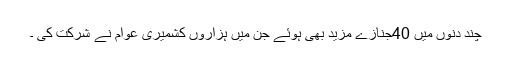
چند دنوں میں 40جنازے مزید بھی ہوئے جن میں ہزاروں کشمیری عوام نے شرکت کی ۔